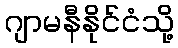
ဂျာမနီနိုင်ငံသို့